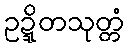
ဥဍ္ဍိတသုတ္တံ